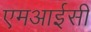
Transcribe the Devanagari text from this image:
एमआईसी